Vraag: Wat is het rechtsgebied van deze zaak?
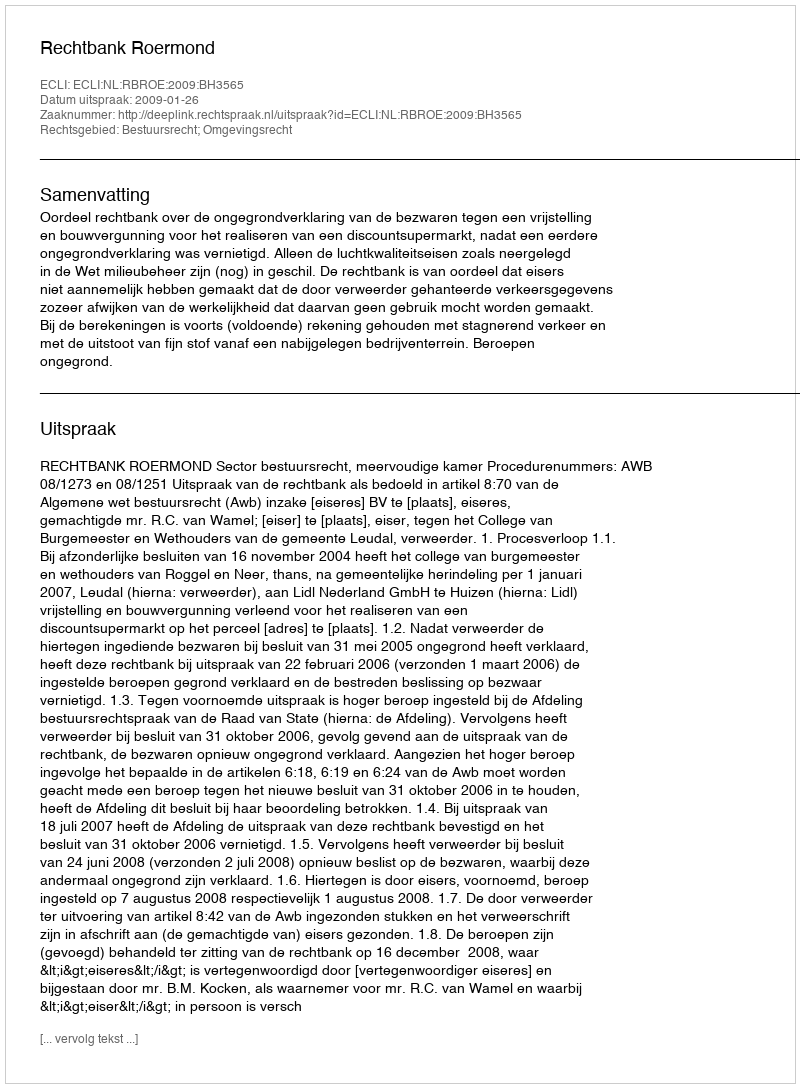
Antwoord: Bestuursrecht; Omgevingsrecht